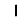
Digit: 1